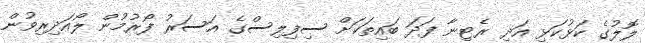
ލޮލުގެ ކަޅުކަޅި އަދި ރެޓިނާ ފަދަ ބައިތަކަށް ސިފިލިސްގެ އަސަރު ފޯރުމުން ލޯއަދިރިވުން